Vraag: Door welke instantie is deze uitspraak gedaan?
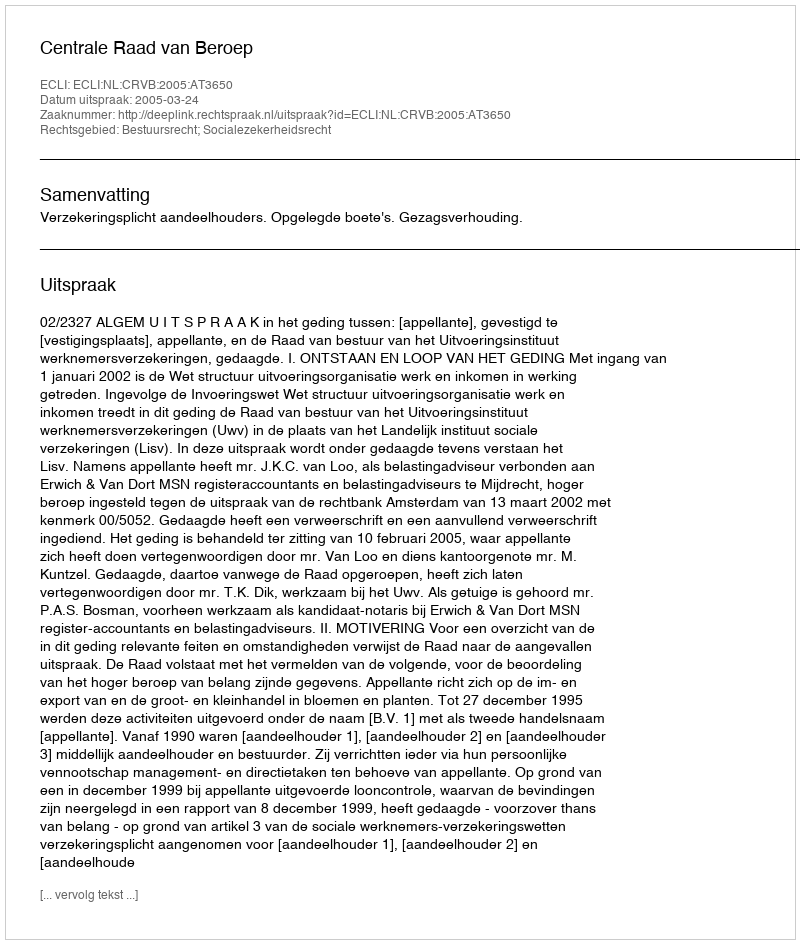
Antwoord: Centrale Raad van Beroep